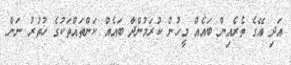
އަދި އޭގެ ތެރެއިން ބައެއް މީހުން ކުރަމުންދާ ބައެއް ކަންތައްތަކުގެ ހުތުރު ނަން